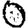
Digit: 0